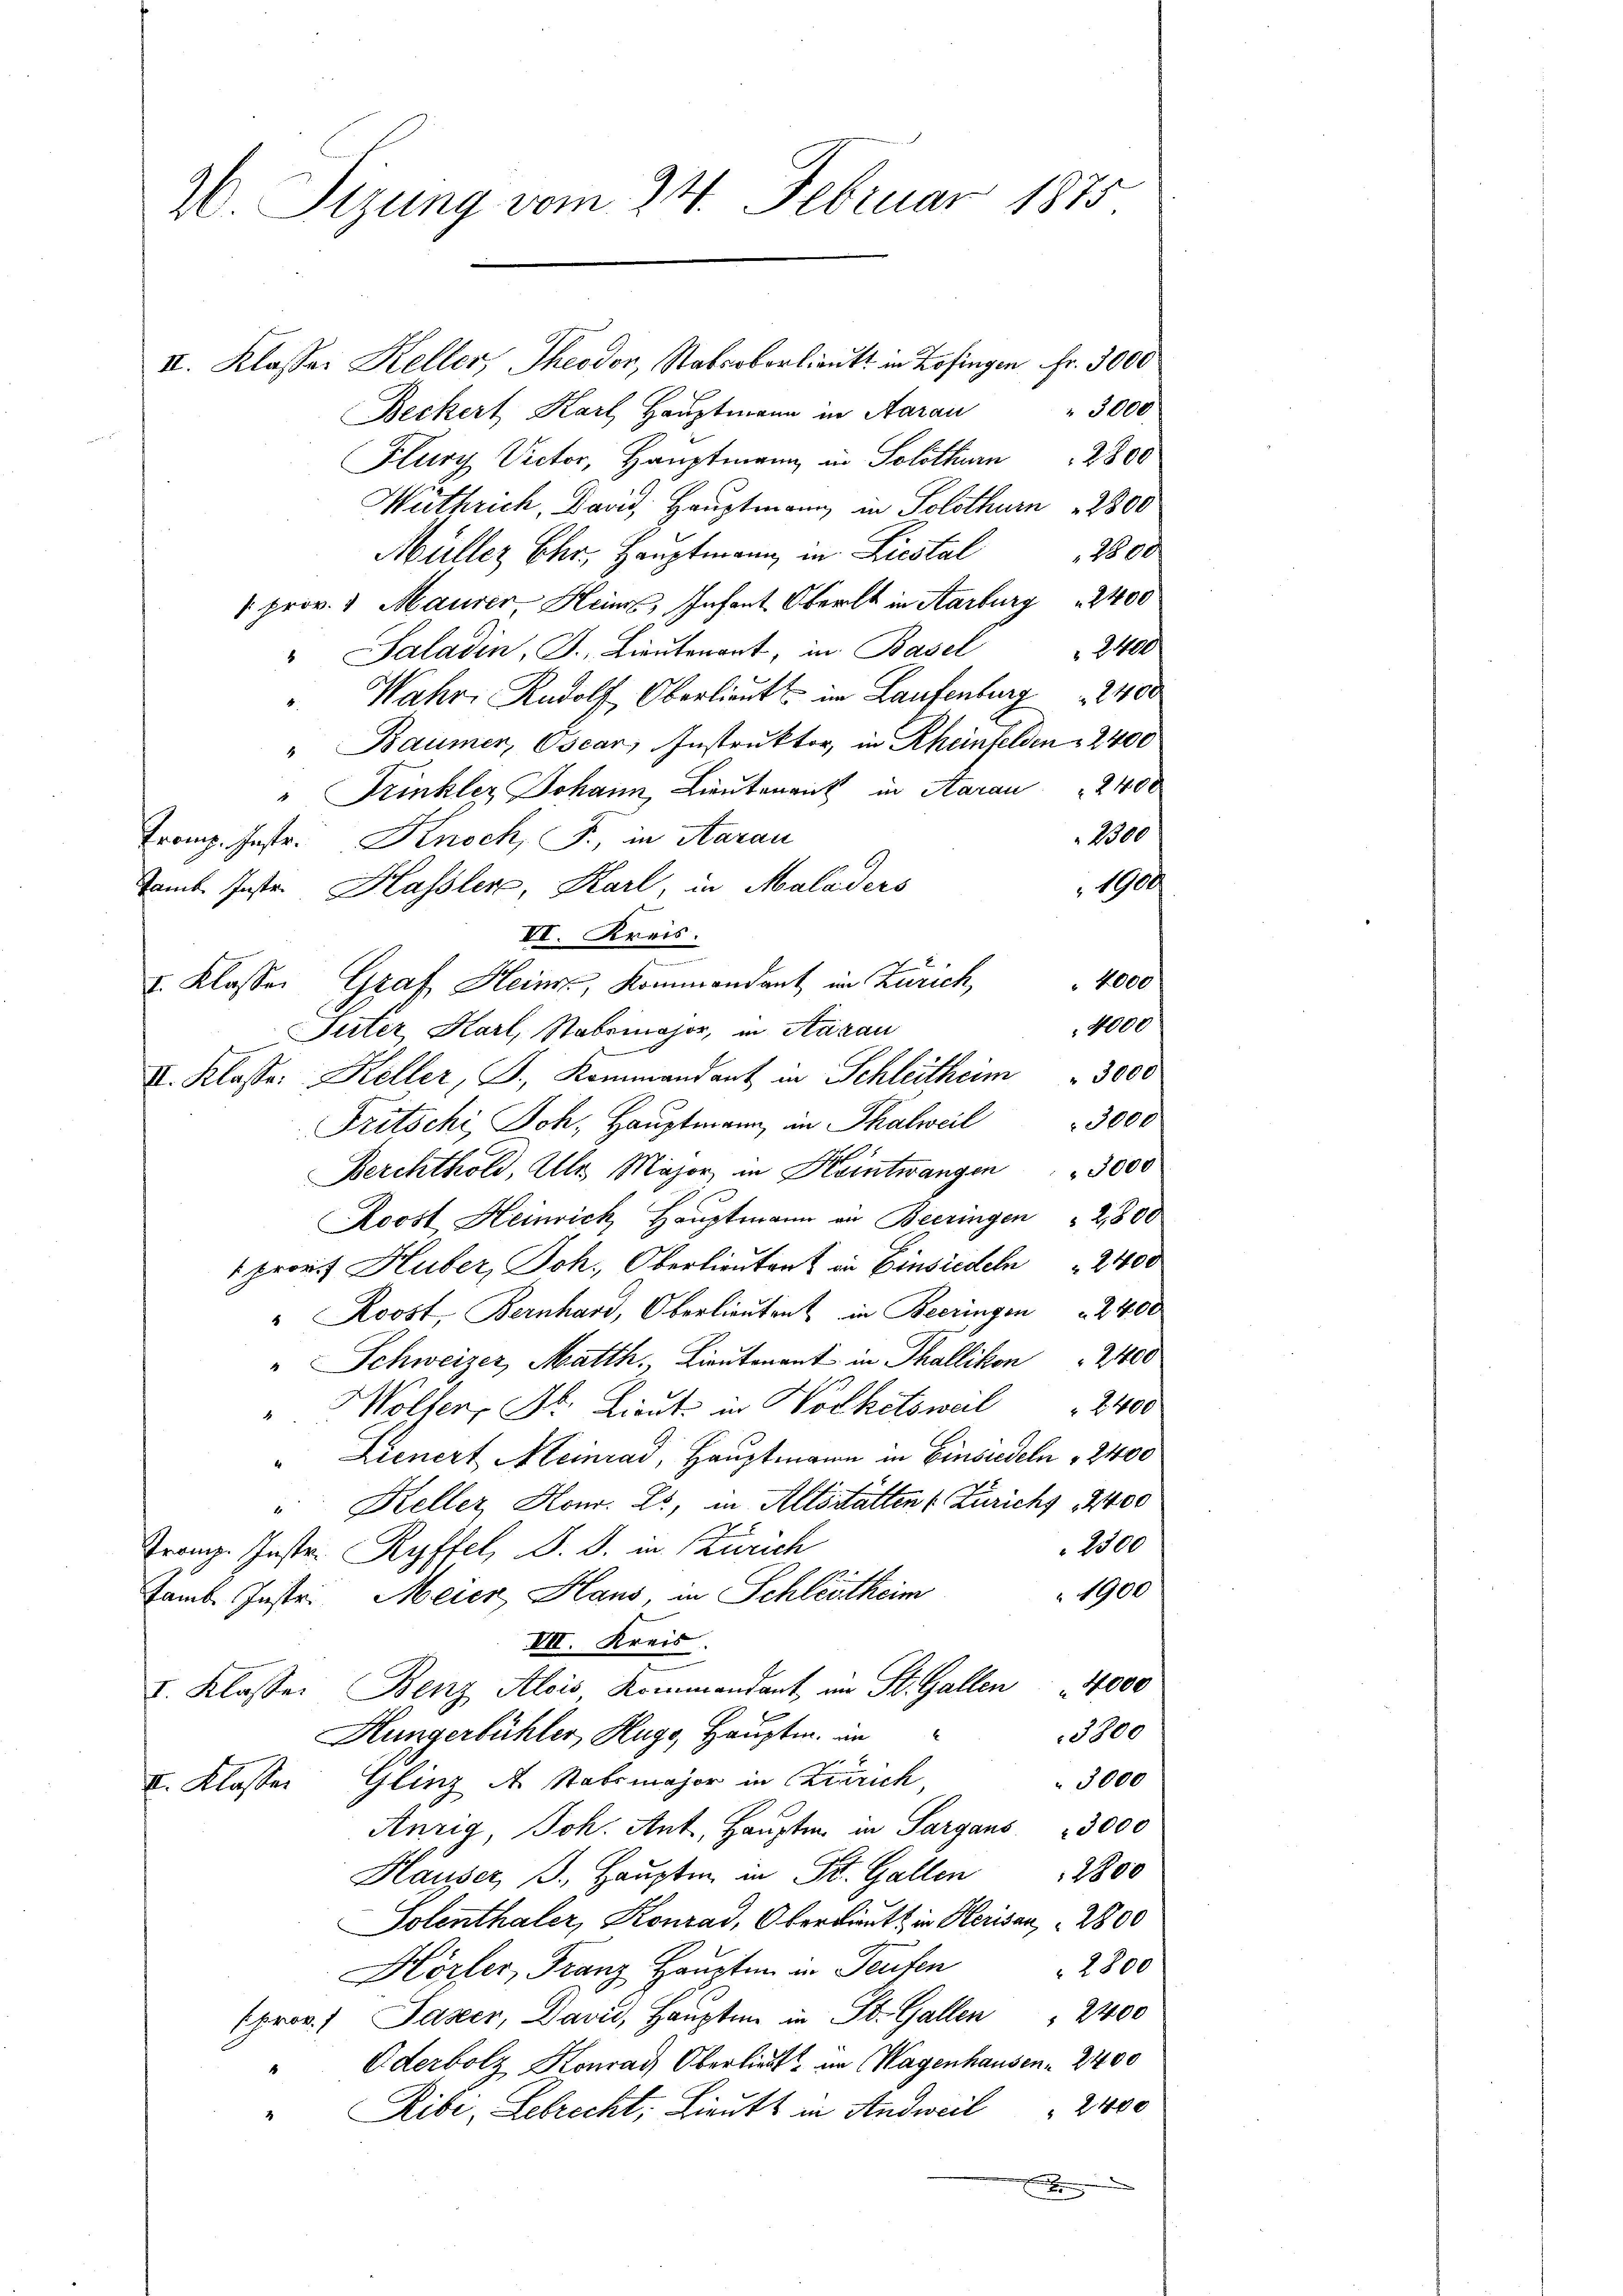
20. Sizung vom 24. Februar 1875

II. Klasser Keller, Theodor, Natrobersankt in Zofingen Fr. 3000
" 3000
Beckert Karl Hauptmann in Aarau
Flury Victor, Hauptmann in Solothurn 2800
Wüthrich, David, Hauptmann in Solothurn 2300
1800
Müller Ehr, Hauptmann in Liestal
1 prov. v Maurer, Heims, Infant Oberst in Aarburg  2400
2400
" Saladin, J., Lieutenant, in Basel
Wahr. Rudolf Oberlieutt im Laufenburg  2400
" Baumer, Oscar, Instruktor, in Rheinfelden 2400
" Trinkler Johann, Lieutenant in Aarau " 2400
2300
Tromp. Instr. Knoch, J., in Aarau
1900
Camb. Instr. Hassler, Karl, in Maladers
III. Kreis.
 4000
I. Klasser Graf Heinz, Kommandant im Zürich,
4000
Pirter Karl, Stabeinahor, in Aarau
I. Klasse: Keller, J., Kommandant in Schleitherm 3000
3000
Fritschi, Joh. Hauptmann, in Thalweil
Berchthold, Uhr Major in Keintwangen " " 3000
Roost Heinrich Hauptmann an Beeringen " 2800
1 promit Huber, Joh. Oberlieuten in Einsieden 2400
" Roost, Bernhard, Oberlieuten in Beeringen 2400
" Schweizer, Matth. Lina in Thallikon 2000
" Woller, Dr. Lieute in Wolketsweil " 2400
Lienert Meinrad, Hauptmann in Einsiedeln " 2400
" Keller, Hon. Es, in Altsstatten (Zürichs 1400
2300
Tranz. Instr. Ryffel, d. d. in Zürich
1900
Samb. Instri Meier Haus, in Schleitheim
VII. Kreis.
I. Klasser Benz Alois Kommandant, im St. Gallen 4000
Hungerbühler Hugo, Hauptm. in
3800
3000
I. Klasser Glinz des Stabsmajor in Birrich,
Anzig, Joh. Ant. Hauptm. in Sargaus 3000
Hauser J. Haŭptm. in St. Galler 2800
Solenthaler, Konrad, Oberbiet in Klerisau, 2800
Hörfer, Franz Haŭptm in Teufen " 2800
(prov. 1 Faser, David, Haupt in St. Gallen " 2400
Oderbolz Konrad Oberliebt im Wagenhausen 2400
"Ribi, Lebrecht, Lieutt in Andweil " 2400
E